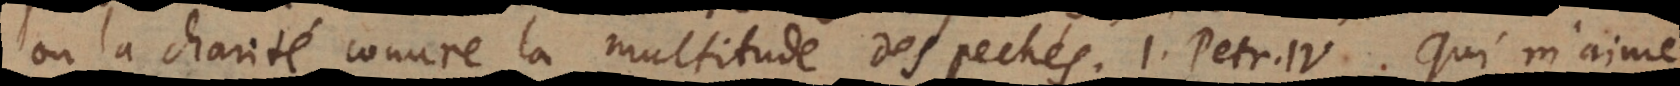
ou la charité couvre la multitude des pechés. 1. Petr. I